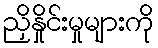
ညှိနှိုင်းမှုများကို